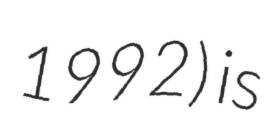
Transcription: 1992) is